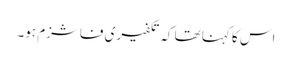
اس کا کہنا تھا کہ تکفیری فاشزم ہو۔